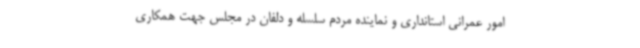
امور عمرانی استانداری و نماینده مردم سلسله و دلفان در مجلس جهت همکاری